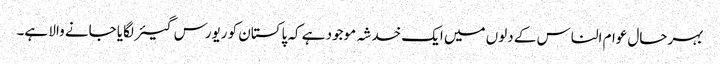
بہرحال عوام الناس کے دلوں میں ایک خدشہ موجود ہے کہ پاکستان کو ریورس گیئر لگایا جانے والا ہے۔